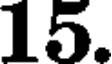
15.